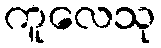
ကူလေသု